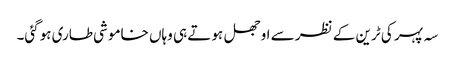
سہ پہر کی ٹرین کے نظر سے اوجھل ہوتے ہی وہاں خاموشی طاری ہوگئی۔